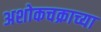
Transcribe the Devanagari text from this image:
अशोकचक्राच्या